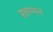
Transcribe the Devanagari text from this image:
खम्मन